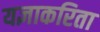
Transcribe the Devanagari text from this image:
यज्ञाकरिता